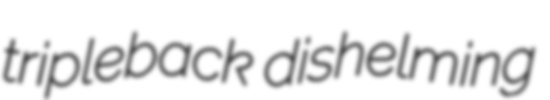
tripleback dishelming